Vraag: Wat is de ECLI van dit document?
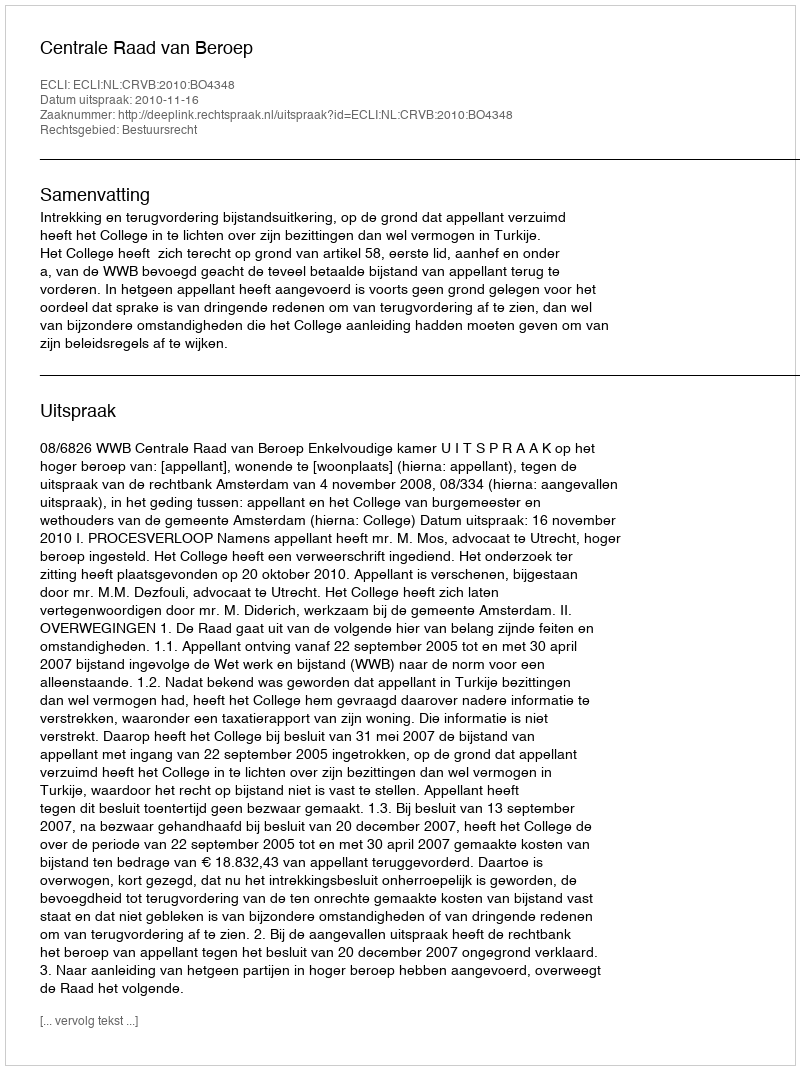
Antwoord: ECLI:NL:CRVB:2010:BO4348